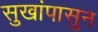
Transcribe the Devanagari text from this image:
सुखांपासुन